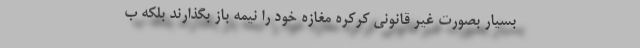
بسیار بصورت غیر قانونی کرکره مغازه خود را نیمه باز بگذارند بلکه ب